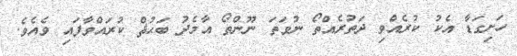
ހަށިގަޑާ އެކު ކުރެއްވި ދަތުރެއްތޯ ނުވަތަ ނޫންތޯ އާމެދު ބަޙުޘް ކުރައްވާފައި ވެއެވެ.